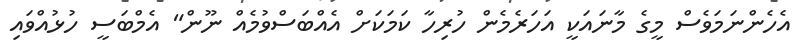
އެހެންނަމަވެސް މީގެ މާނައަކީ އަހަރެމެން ހުރިހާ ކަމަކަށް އެއްބަސްވުމެއް ނޫން" އެމްބަސީ ހުޅުއްވައި